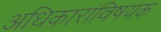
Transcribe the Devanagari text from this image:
अधिकारांविषयक